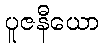
ပူဇနီယော